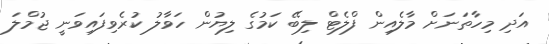
އަދި މިހާތަނަށް މާލެއިން ފްލެޓް ލިބޭ ކަމުގެ ލިޔުން ހަވާލު ކުރެވިފައިވަނީ ޖުމްލަ